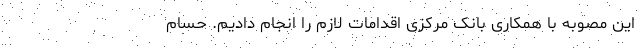
این مصوبه با همکاری بانک مرکزی اقدامات لازم را انجام دادیم. حسام